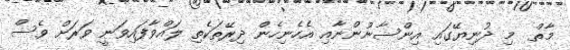
މާތް  މި ދުނިޔޭގައި އިންސާނުންނާއި އެހެނިހެން ދިރޭތަކެތި ލައްވާފައިވަނީ ވަރަށް ވެސް